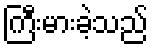
ကြီးမားခဲ့သည်